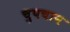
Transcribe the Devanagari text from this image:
चुपचान